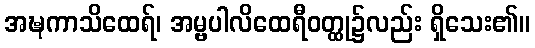
အဍ္ဎကာသိထေရ်၊ အမ္ဗပါလိထေရီဝတ္ထု၌လည်း ရှိသေး၏။